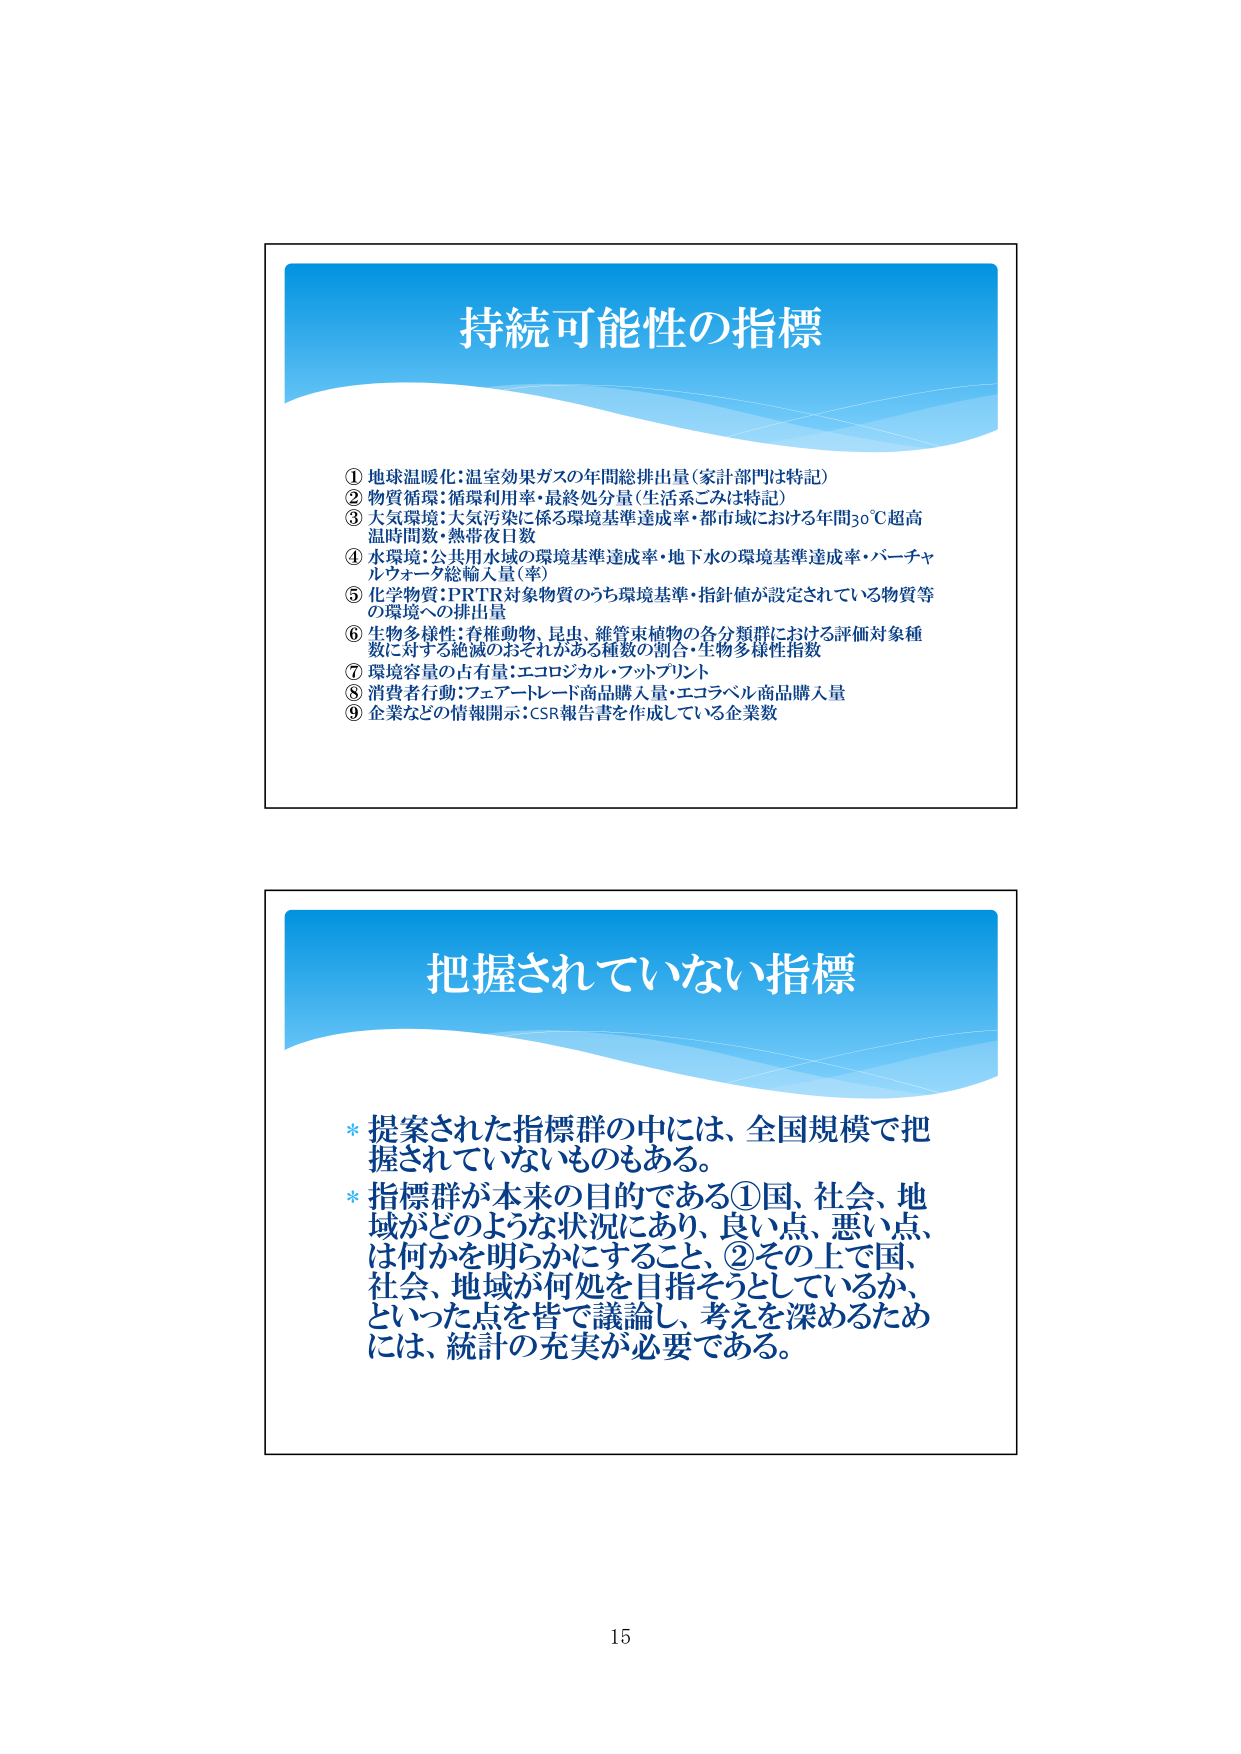
持続可能性の指標

① 地球温暖化：温室効果ガスの年間総排出量（家計部門は特記）
② 物質循環：循環利用率・最終処分量（生活系ごみは特記）
③ 大気環境：大気汚染に係る環境基準達成率・都市域における年間30℃超高
温時間数・熱帯夜日数
④ 水環境：公共用水域の環境基準達成率・地下水の環境基準達成率・バーチャ
ルウォータ総輸入量（率）
⑤ 化学物質：PRTR対象物質のうち環境基準・指針値が設定されている物質等
の環境への排出量
⑥ 生物多様性：脊椎動物、昆虫、維管束植物の各分類群における評価対象種
数に対する絶滅のおそれがある種数の割合・生物多様性指数
⑦ 環境容量の占有量：エコロジカル・フットプリント
⑧ 消費者行動：フェアトレード商品購入量・エコラベル商品購入量
⑨ 企業などの情報開示：CSR報告書を作成している企業数

把握されていない指標

* 提案された指標群の中には、全国規模で把握されていないものもある。
* 指標群が本来の目的である①国、社会、地域がどのような状況にあり、良い点、悪い点、
は何かを明らかにすること、②その上で国、
社会、地域が何処を目指そうとしているか、
といった点を皆で議論し、考えを深めるため
には、統計の充実が必要である。

15